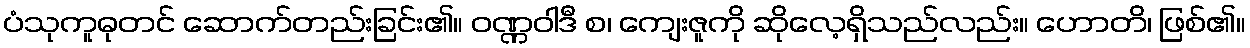
ပံသုကူဓုတင် ဆောက်တည်းခြင်း၏။ ဝဏ္ဏဝါဒီ စ၊ ကျေးဇူကို ဆိုလေ့ရှိသည်လည်း။ ဟောတိ၊ ဖြစ်၏။